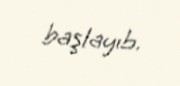
başlayıb.